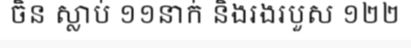
ចិន ស្លាប់ ១១នាក់ និងរងរបួស ១២២